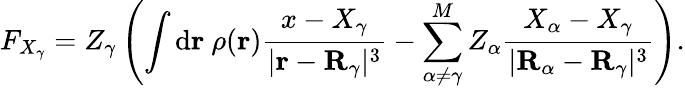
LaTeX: F_{X_{\gamma}}=Z_{\gamma}\left(\int\mathrm{d}\mathbf{r}\ \rho(\mathbf{r}){\frac{x-X_{\gamma}}{|\mathbf{r}-\mathbf{R}_{\gamma}|^{3}}}-\sum_{\alpha\neq\gamma}^{M}Z_{\alpha}{\frac{X_{\alpha}-X_{\gamma}}{|\mathbf{R}_{\alpha}-\mathbf{R}_{\gamma}|^{3}}}\right).